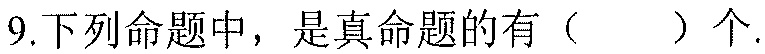
9.下列命题中，是真命题的有（  ）个.